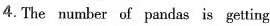
4.The number of pandas is getting